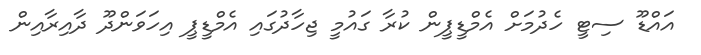
އައްޑޫ ސިޓީ ހެދުމަށް އެމްޑީޕީން ކުރާ ގައުމީ ޖިހާދުގައި އެމްޑީޕީ އިހަވަންދޫ ދާއިރާއިން